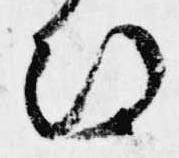
期